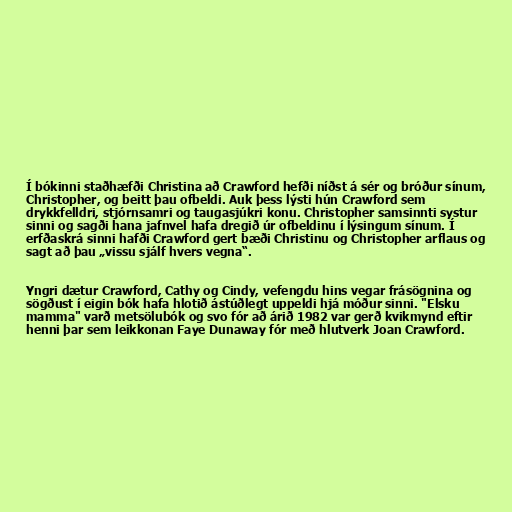
Í bókinni staðhæfði Christina að Crawford hefði níðst á sér og bróður sínum,
Christopher, og beitt þau ofbeldi. Auk þess lýsti hún Crawford sem
drykkfelldri, stjórnsamri og taugasjúkri konu. Christopher samsinnti systur
sinni og sagði hana jafnvel hafa dregið úr ofbeldinu í lýsingum sínum. Í
erfðaskrá sinni hafði Crawford gert bæði Christinu og Christopher arflaus og
sagt að þau „vissu sjálf hvers vegna“.

Yngri dætur Crawford, Cathy og Cindy, vefengdu hins vegar frásögnina og
sögðust í eigin bók hafa hlotið ástúðlegt uppeldi hjá móður sinni. "Elsku
mamma" varð metsölubók og svo fór að árið 1982 var gerð kvikmynd eftir
henni þar sem leikkonan Faye Dunaway fór með hlutverk Joan Crawford.